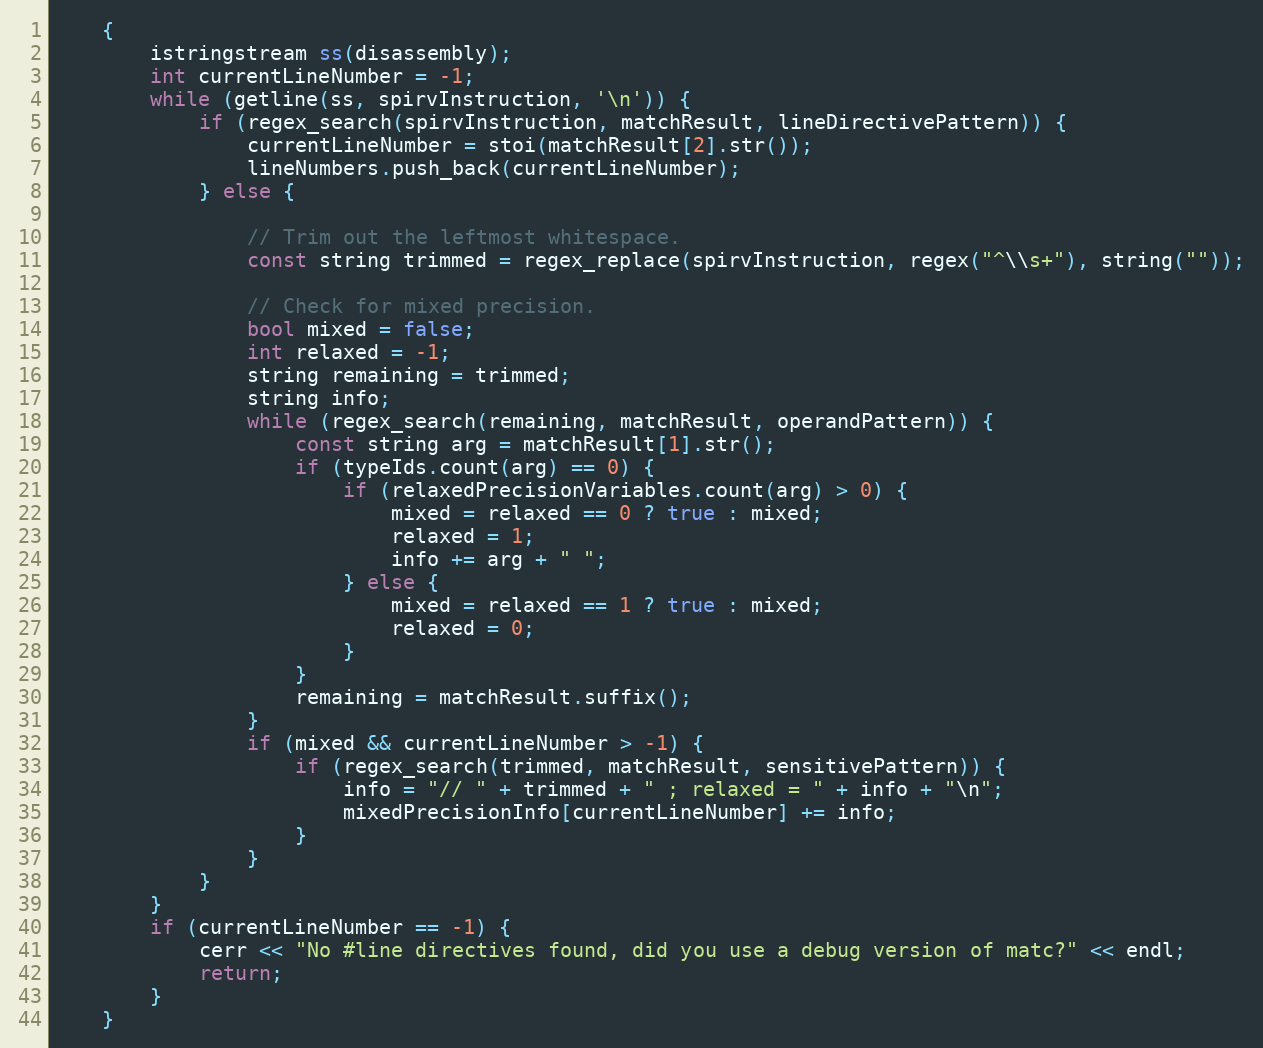
Language: C++
    {
        istringstream ss(disassembly);
        int currentLineNumber = -1;
        while (getline(ss, spirvInstruction, '\n')) {
            if (regex_search(spirvInstruction, matchResult, lineDirectivePattern)) {
                currentLineNumber = stoi(matchResult[2].str());
                lineNumbers.push_back(currentLineNumber);
            } else {

                // Trim out the leftmost whitespace.
                const string trimmed = regex_replace(spirvInstruction, regex("^\\s+"), string(""));

                // Check for mixed precision.
                bool mixed = false;
                int relaxed = -1;
                string remaining = trimmed;
                string info;
                while (regex_search(remaining, matchResult, operandPattern)) {
                    const string arg = matchResult[1].str();
                    if (typeIds.count(arg) == 0) {
                        if (relaxedPrecisionVariables.count(arg) > 0) {
                            mixed = relaxed == 0 ? true : mixed;
                            relaxed = 1;
                            info += arg + " ";
                        } else {
                            mixed = relaxed == 1 ? true : mixed;
                            relaxed = 0;
                        }
                    }
                    remaining = matchResult.suffix();
                }
                if (mixed && currentLineNumber > -1) {
                    if (regex_search(trimmed, matchResult, sensitivePattern)) {
                        info = "// " + trimmed + " ; relaxed = " + info + "\n";
                        mixedPrecisionInfo[currentLineNumber] += info;
                    }
                }
            }
        }
        if (currentLineNumber == -1) {
            cerr << "No #line directives found, did you use a debug version of matc?" << endl;
            return;
        }
    }